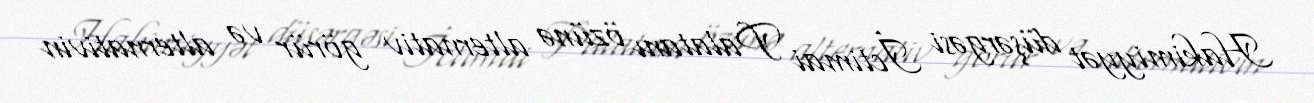
Hakimiyyət düşərgəsi İctimai Palatanı özünə alternativ görür və alternativin